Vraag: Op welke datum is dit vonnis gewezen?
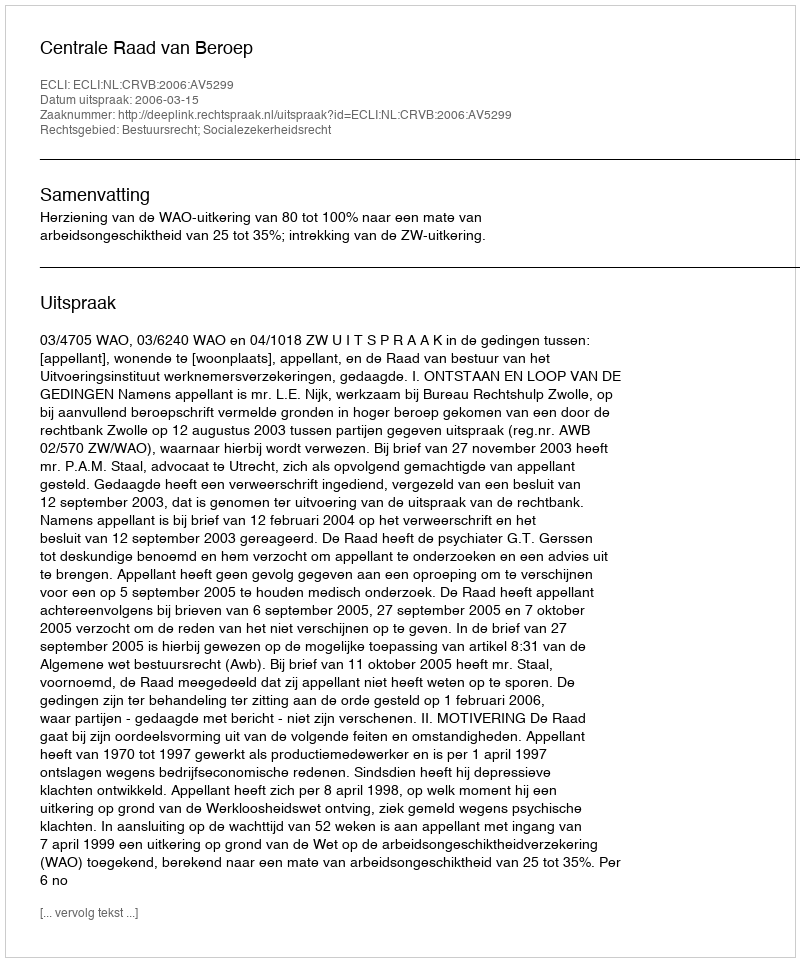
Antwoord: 2006-03-15